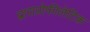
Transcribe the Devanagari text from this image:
द्वाराप्रोफीलेटिक